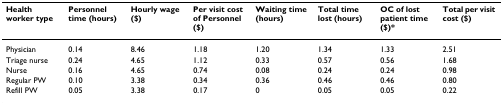
| Health worker type | Personnel time (hours) | Hourly wage ($) | Per visit cost of Personnel ($) | Waiting time (hours) | Total time lost (hours) | OC of lost patient time ($)* | Total per visit cost ($) |
 | --- | --- | --- | --- | --- | --- | --- | --- |
 | Physician | 0.14 | 8.46 | 1.18 | 1.20 | 1.34 | 1.33 | 2.51 |
 | Triage nurse | 0.24 | 4.65 | 1.12 | 0.33 | 0.57 | 0.56 | 1.68 |
 | Nurse | 0.16 | 4.65 | 0.74 | 0.08 | 0.24 | 0.24 | 0.98 |
 | Regular PW | 0.10 | 3.38 | 0.34 | 0.36 | 0.46 | 0.46 | 0.80 |
 | Refill PW | 0.05 | 3.38 | 0.17 | 0 | 0.05 | 0.05 | 0.22 |